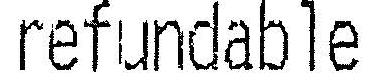
REFUNDABLE